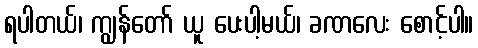
ရပါတယ်၊ ကျွန်တော် ယူ ပေးပါ့မယ်၊ ခဏလေး စောင့်ပါ။